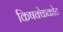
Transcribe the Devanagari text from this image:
किषक्केकोट